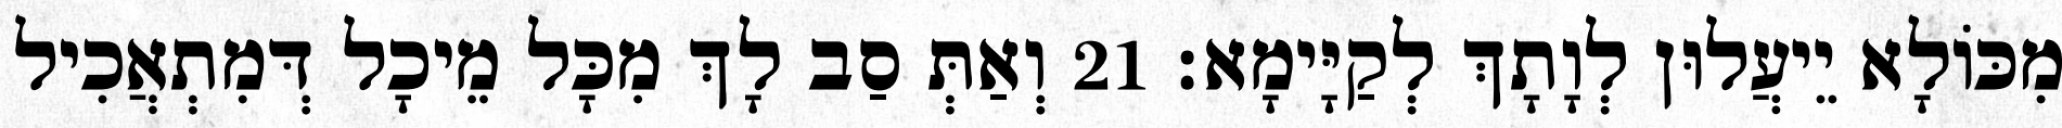
מִכּוֹלָא יֵיעֲלוּן לְוָתָךְ לְקַיָּימָא׃ 21 וְאַתְּ סַב לָךְ מִכָּל מֵיכָל דְּמִתְאֲכִיל